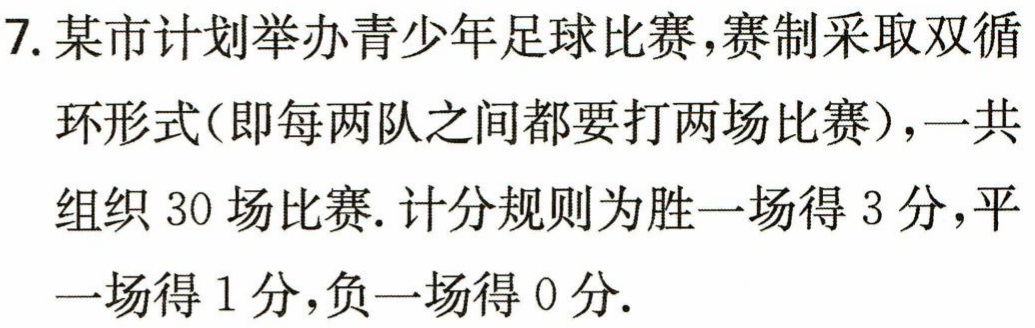
7. 某市计划举办青少年足球比赛，赛制采取双循
环形式(即每两队之间都要打两场比赛)，一共
组织 30 场比赛. 计分规则为胜一场得 3 分，平
一场得 1 分，负一场得 0 分.